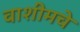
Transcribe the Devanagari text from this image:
वाशीमचे